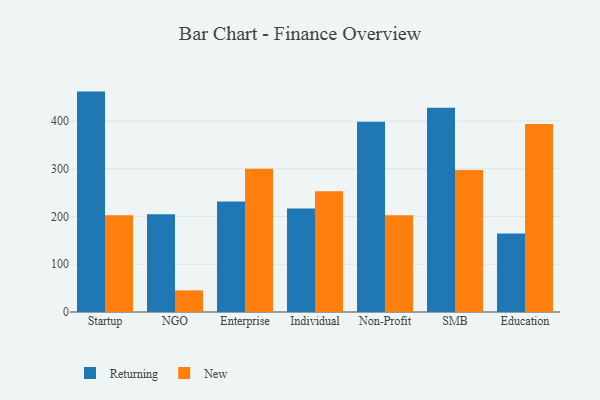
{"axis": {"x": "Segment", "y": "Churn Rate (%)"}, "legend": ["New", "Returning"], "data": [{"x": "Startup", "y": 461.6, "type": "Returning"}, {"x": "Startup", "y": 202.7, "type": "New"}, {"x": "NGO", "y": 204.5, "type": "Returning"}, {"x": "NGO", "y": 45.3, "type": "New"}, {"x": "Enterprise", "y": 231.2, "type": "Returning"}, {"x": "Enterprise", "y": 300.1, "type": "New"}, {"x": "Individual", "y": 216.8, "type": "Returning"}, {"x": "Individual", "y": 252.7, "type": "New"}, {"x": "Non-Profit", "y": 398.2, "type": "Returning"}, {"x": "Non-Profit", "y": 202.5, "type": "New"}, {"x": "SMB", "y": 427.8, "type": "Returning"}, {"x": "SMB", "y": 297.3, "type": "New"}, {"x": "Education", "y": 164.2, "type": "Returning"}, {"x": "Education", "y": 393.6, "type": "New"}]}